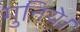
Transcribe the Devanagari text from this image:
गुनिये।